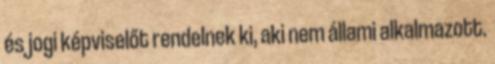
és jogi képviselőt rendelnek ki, aki nem állami alkalmazott.